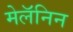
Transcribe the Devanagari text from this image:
मेलॅनिन